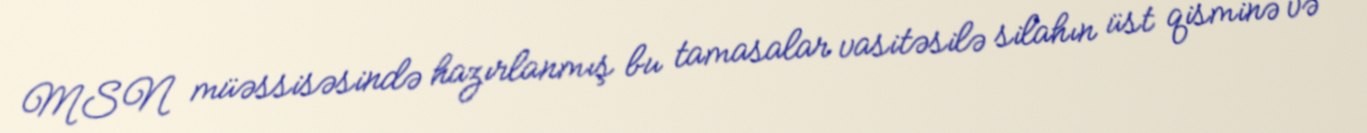
MSN müəssisəsində hazırlanmış bu tamasalar vasitəsilə silahın üst qisminə və